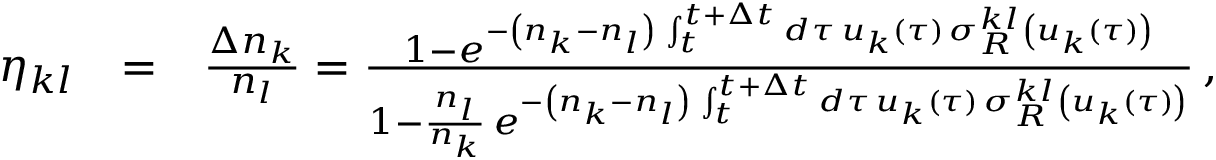
\begin{array} { r l r } { \eta _ { k l } } & { = } & { \frac { \Delta n _ { k } } { n _ { l } } = \frac { 1 - e ^ { - \left( n _ { k } - n _ { l } \right) \, \int _ { t } ^ { t + \Delta t } d \tau \, u _ { k } ( \tau ) \, \sigma _ { R } ^ { k l } \left( u _ { k } ( \tau ) \right) } } { 1 - \frac { n _ { l } } { n _ { k } } \, e ^ { - \left( n _ { k } - n _ { l } \right) \, \int _ { t } ^ { t + \Delta t } d \tau \, u _ { k } ( \tau ) \, \sigma _ { R } ^ { k l } \left( u _ { k } ( \tau ) \right) } } \, , } \end{array}